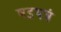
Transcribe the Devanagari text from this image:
षडयत्रं